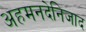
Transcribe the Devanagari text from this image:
अहमनदेनिजाद